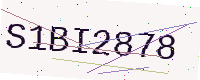
Text: S1BI2878